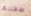
طفلتها